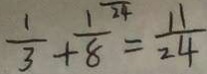
\frac { 1 } { 3 } + \frac { 1 } { 8 } = \frac { 1 1 } { 2 4 }